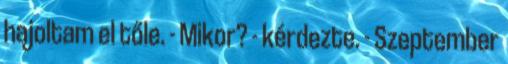
hajoltam el tőle. - Mikor? - kérdezte. - Szeptember